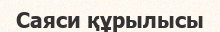
Саяси құрылысы